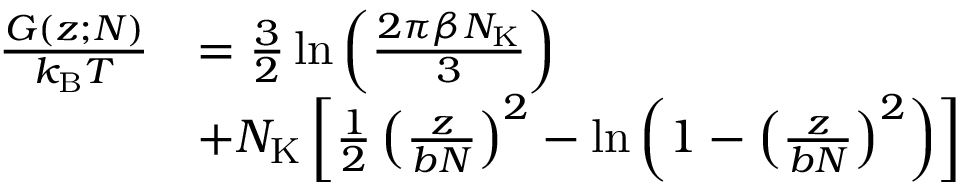
\begin{array} { r l } { \frac { G ( z ; N ) } { k _ { \mathrm { B } } T } } & { = \frac { 3 } { 2 } \ln \left( \frac { 2 \pi \beta N _ { \mathrm { K } } } { 3 } \right) } \\ & { + N _ { \mathrm { K } } \left[ \frac { 1 } { 2 } \left( \frac { z } { b N } \right) ^ { 2 } - \ln \left( 1 - \left( \frac { z } { b N } \right) ^ { 2 } \right) \right] } \end{array}